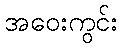
အဝေးကွင်း